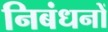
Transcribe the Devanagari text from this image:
निबंधनों